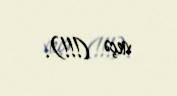
neçə (!!!).